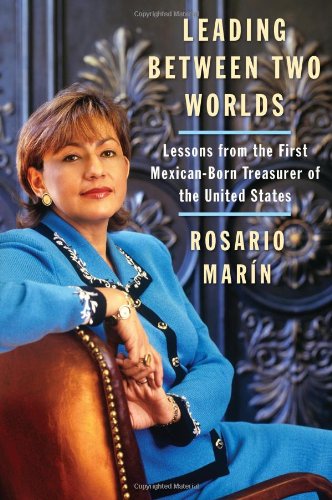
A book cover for Leading Between Two Worlds: Lessons from the First Mexican-Born Treasurer of the United States; Rosario Marin; Biographies & Memoirs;